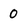
Character: 0